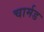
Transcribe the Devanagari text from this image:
चार्मड